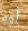
أوه